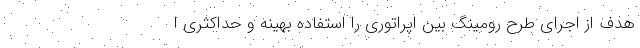
هدف از اجرای طرح رومینگ بین اپراتوری را استفاده بهینه و حداکثری ا